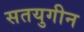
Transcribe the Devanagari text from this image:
सतयुगीन